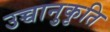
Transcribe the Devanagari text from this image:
उच्चानुकृति